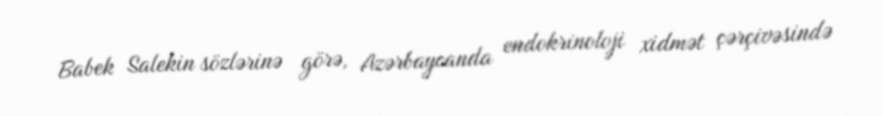
Babek Salekin sözlərinə görə, Azərbaycanda endokrinoloji xidmət çərçivəsində